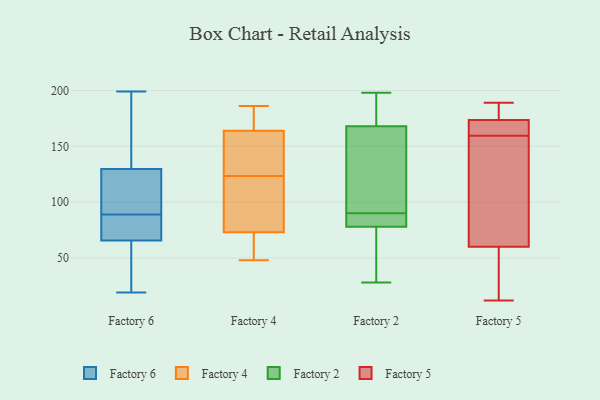
{"axis": {"x": "Page Views", "y": "Value"}, "legend": ["Factory 2", "Factory 4", "Factory 5", "Factory 6"], "data": [{"x": "", "y": 68, "type": "Factory 6"}, {"x": "", "y": 165, "type": "Factory 6"}, {"x": "", "y": 89, "type": "Factory 6"}, {"x": "", "y": 39, "type": "Factory 6"}, {"x": "", "y": 114, "type": "Factory 6"}, {"x": "", "y": 89, "type": "Factory 6"}, {"x": "", "y": 135, "type": "Factory 6"}, {"x": "", "y": 199, "type": "Factory 6"}, {"x": "", "y": 19, "type": "Factory 6"}, {"x": "", "y": 88, "type": "Factory 6"}, {"x": "", "y": 65, "type": "Factory 6"}, {"x": "", "y": 88, "type": "Factory 6"}, {"x": "", "y": 191, "type": "Factory 6"}, {"x": "", "y": 108, "type": "Factory 6"}, {"x": "", "y": 62, "type": "Factory 6"}, {"x": "", "y": 142, "type": "Factory 4"}, {"x": "", "y": 186, "type": "Factory 4"}, {"x": "", "y": 87, "type": "Factory 4"}, {"x": "", "y": 150, "type": "Factory 4"}, {"x": "", "y": 120, "type": "Factory 4"}, {"x": "", "y": 66, "type": "Factory 4"}, {"x": "", "y": 178, "type": "Factory 4"}, {"x": "", "y": 127, "type": "Factory 4"}, {"x": "", "y": 179, "type": "Factory 4"}, {"x": "", "y": 74, "type": "Factory 4"}, {"x": "", "y": 72, "type": "Factory 4"}, {"x": "", "y": 48, "type": "Factory 4"}, {"x": "", "y": 193, "type": "Factory 2"}, {"x": "", "y": 79, "type": "Factory 2"}, {"x": "", "y": 130, "type": "Factory 2"}, {"x": "", "y": 149, "type": "Factory 2"}, {"x": "", "y": 78, "type": "Factory 2"}, {"x": "", "y": 177, "type": "Factory 2"}, {"x": "", "y": 87, "type": "Factory 2"}, {"x": "", "y": 77, "type": "Factory 2"}, {"x": "", "y": 90, "type": "Factory 2"}, {"x": "", "y": 28, "type": "Factory 2"}, {"x": "", "y": 90, "type": "Factory 2"}, {"x": "", "y": 59, "type": "Factory 2"}, {"x": "", "y": 180, "type": "Factory 2"}, {"x": "", "y": 35, "type": "Factory 2"}, {"x": "", "y": 198, "type": "Factory 2"}, {"x": "", "y": 168, "type": "Factory 2"}, {"x": "", "y": 147, "type": "Factory 2"}, {"x": "", "y": 78, "type": "Factory 2"}, {"x": "", "y": 171, "type": "Factory 5"}, {"x": "", "y": 175, "type": "Factory 5"}, {"x": "", "y": 189, "type": "Factory 5"}, {"x": "", "y": 169, "type": "Factory 5"}, {"x": "", "y": 68, "type": "Factory 5"}, {"x": "", "y": 122, "type": "Factory 5"}, {"x": "", "y": 172, "type": "Factory 5"}, {"x": "", "y": 98, "type": "Factory 5"}, {"x": "", "y": 48, "type": "Factory 5"}, {"x": "", "y": 164, "type": "Factory 5"}, {"x": "", "y": 186, "type": "Factory 5"}, {"x": "", "y": 52, "type": "Factory 5"}, {"x": "", "y": 12, "type": "Factory 5"}, {"x": "", "y": 12, "type": "Factory 5"}, {"x": "", "y": 155, "type": "Factory 5"}, {"x": "", "y": 183, "type": "Factory 5"}]}